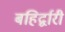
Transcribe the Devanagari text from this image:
बहिर्द्वारी